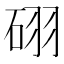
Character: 𥒉